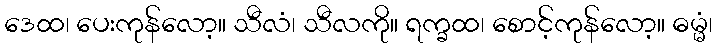
ဒေထ၊ ပေးကုန်လော့။ သီလံ၊ သီလကို။ ရက္ခထ၊ စောင့်ကုန်လော့။ ဓမ္မံ၊